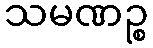
သမဏဉ္စ